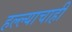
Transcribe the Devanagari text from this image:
हल्ल्याचाही